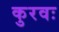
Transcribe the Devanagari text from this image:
कुरवः